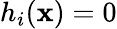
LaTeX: h_{i}(\mathbf{x})=0